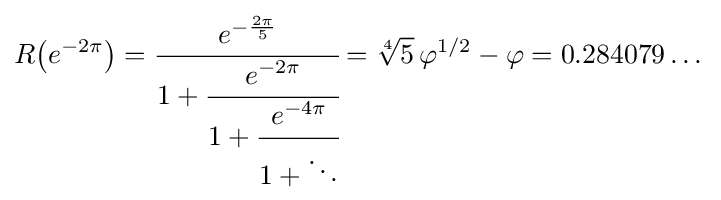
R{\big (}e^{-2\pi }{\big )}={\cfrac {e^{-{\frac {2\pi }{5}}}}{1+{\cfrac {e^{-2\pi }}{1+{\cfrac {e^{-4\pi }}{1+\ddots }}}}}}={{\sqrt[{4}]{5}}\,\varphi ^{1/2}-\varphi }=0.284079\dots